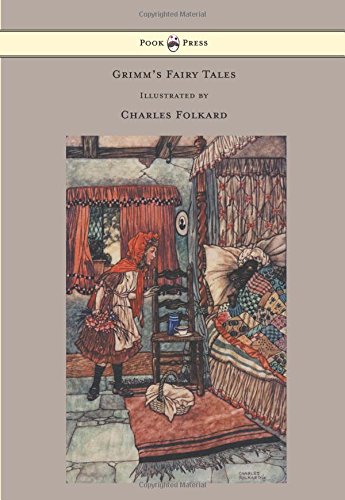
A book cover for Grimm's Fairy Tales - Illustrated by Charles Folkard; Grimm Brothers; Literature & Fiction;